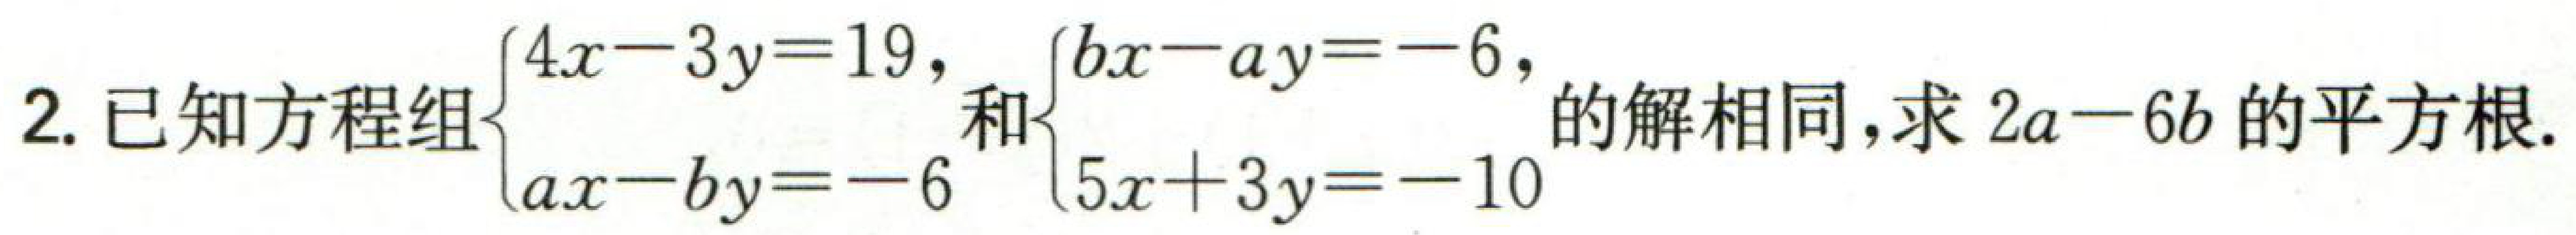
已知方程组$\begin{cases}4x - 3y = 19,\\ax - by = - 6\end{cases}$和$\begin{cases}bx - ay = - 6,\\5x + 3y = - 10\end{cases}$的解相同，求$2a - 6b$的平方根.